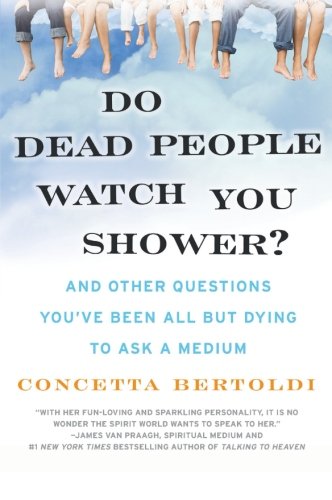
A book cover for Do Dead People Watch You Shower?: And Other Questions You've Been All but Dying to Ask a Medium; Concetta Bertoldi; Religion & Spirituality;